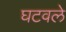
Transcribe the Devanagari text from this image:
घटवले